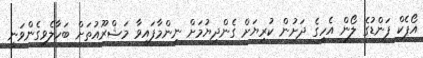
އޯޕެކް ފަންޑުގެ ލޯން އެހީގެ ދަށުން ކުރިޔަށް ގެންދިޔުމަށް ނިންމާފައިވާ މަޝްރޫއުތަށް ބަހާލެވިގެންވަނީ